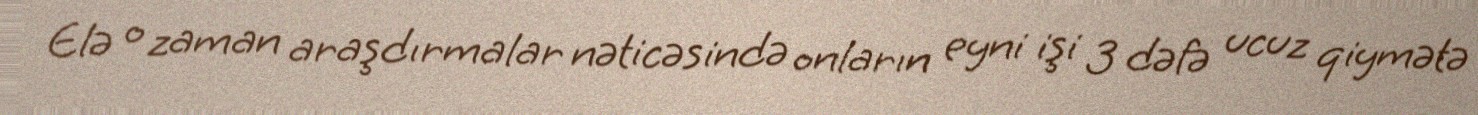
Elə o zaman araşdırmalar nəticəsində onların eyni işi 3 dəfə ucuz qiymətə